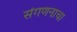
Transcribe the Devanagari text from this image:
संगणनाचा